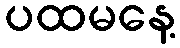
ပထမနေ့